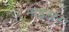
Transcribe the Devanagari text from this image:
माइस्नर